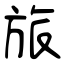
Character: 旅